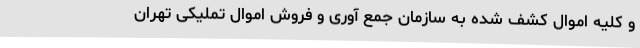
و کلیه اموال کشف شده به سازمان جمع آوری و فروش اموال تملیکی تهران